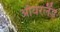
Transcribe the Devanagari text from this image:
ऑयरलैंड